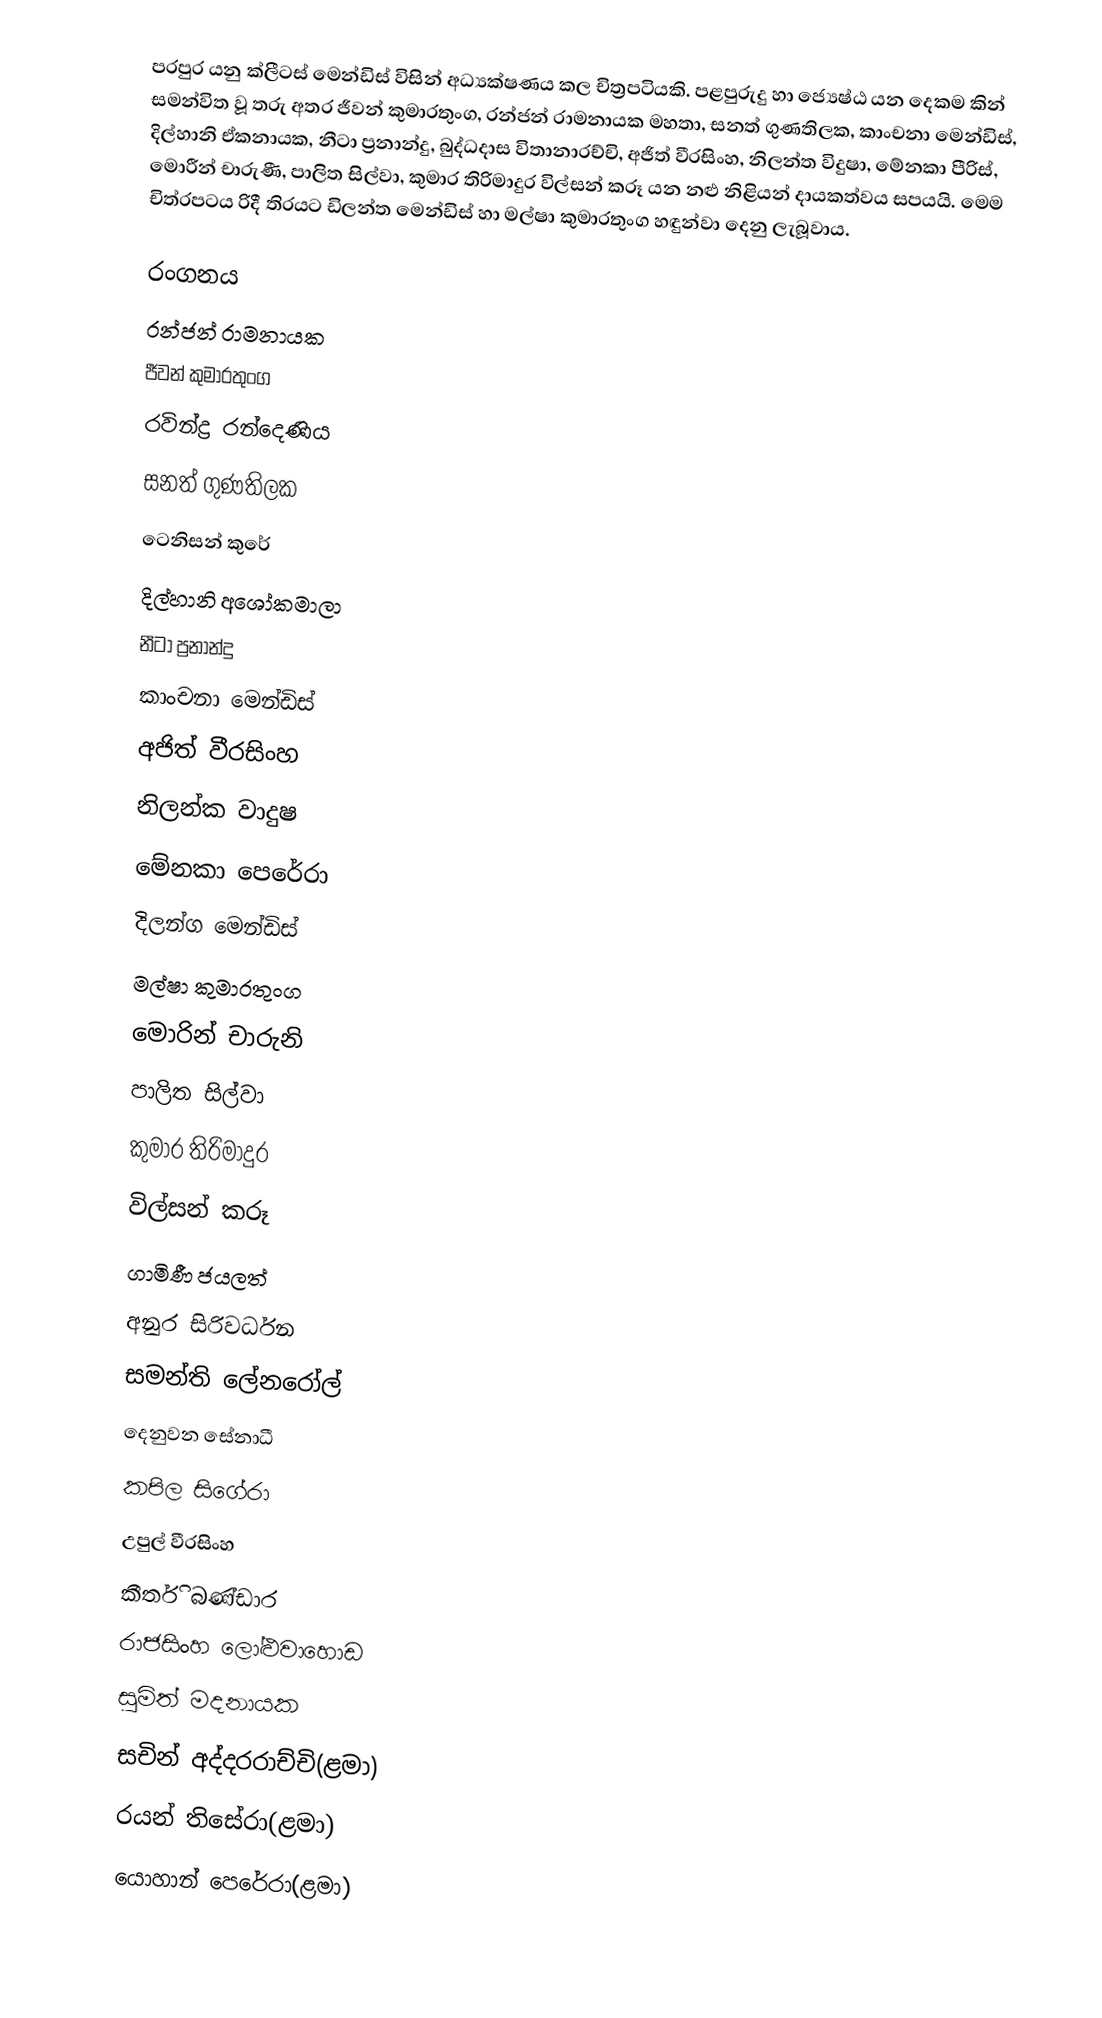
පරපුර යනු ක්ලීටස් මෙන්ඩිස්  විසින් අධ්‍යක්ෂණය කල චිත්‍රපටියකි. පළපුරුදු හා ජ්‍යෙෂ්ඨ යන දෙකම කින් සමන්විත වූ තරු අතර ජීවන් කුමාරතුංග, රන්ජන් රාමනායක මහතා, සනත් ගුණතිලක, කාංචනා මෙන්ඩිස්, දිල්හානි ඒකනායක, නීටා ප්‍රනාන්දු, බුද්ධදාස විතානාරච්චි, අජිත් වීරසිංහ, නිලන්ත විදුෂා, මේනකා පීරිස්, මොරීන් චාරුණී, පාලිත සිල්වා, කුමාර තිරිමාදුර විල්සන් කරූ යන නළු නිළියන් දායකත්වය සපයයි. මෙම චිත්රපටය රිදී තිරයට ඩිලන්ත මෙන්ඩිස් හා මල්ෂා කුමාරතුංග හඳුන්වා දෙනු ලැබූවාය.

රංගනය
රන්ජන් රාමනායක
ජීවන් කුමාරතුංග
රවින්ද්‍ර රන්දෙණිය
සනත් ගුණතිලක
ටෙනිසන් කුරේ
දිල්හානි අශෝකමාලා
නීටා ප්‍රනාන්දු
කාංචනා මෙන්ඩිස්
අජිත්‍ වීරසිංහ
නිලන්ක වාදුෂ
මේනකා පෙරේරා
දිලන්ග මෙන්ඩිස්
මල්ෂා කුමාරතුංග
මොරින් චාරුනි
පාලිත සිල්වා
කුමාර තිරිමාදුර
විල්සන් කරූ
ගාමිණී ජයලත්
අනුර සිරිවර්ධන
සමන්ති ලේනරෝල්
දෙනුවන සේනාධී
කපිල සිගේරා
උපුල් වීරසිංහ
කීර්ති බණ්ඩාර
රාජසිංහ ලෝළුවාහොඩ
සුමිත් මදනායක
සචින් අද්දරරාච්චි(ළමා)
රයන් තිසේරා(ළමා)
යොහාන් පෙරේරා(ළමා)